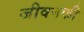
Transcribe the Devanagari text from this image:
जीवनकी